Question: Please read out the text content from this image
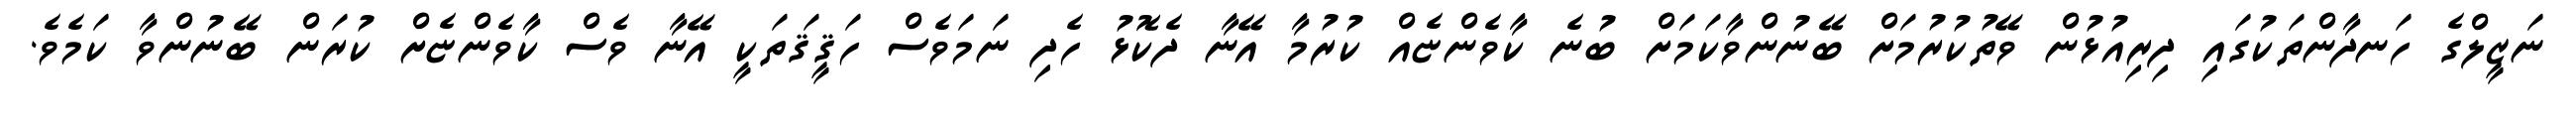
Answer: ނަޒީލްގެ ހަނދާންތަކުގައި ދިރިއުޅުން ވޭތުކުރުމަށް ބޭނުންވާކަމަށް ބުނެ ކާވެންޏެއް ކުރުމާ އޭނާ ދެކޮޅު ހެދި ނަމަވެސް ހަޤީޤަތަކީ އޭނާ ވެސް ކާވެންޏެށް ކުރަން ބޭނުންވާ ކަމެވެ.